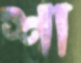
শা